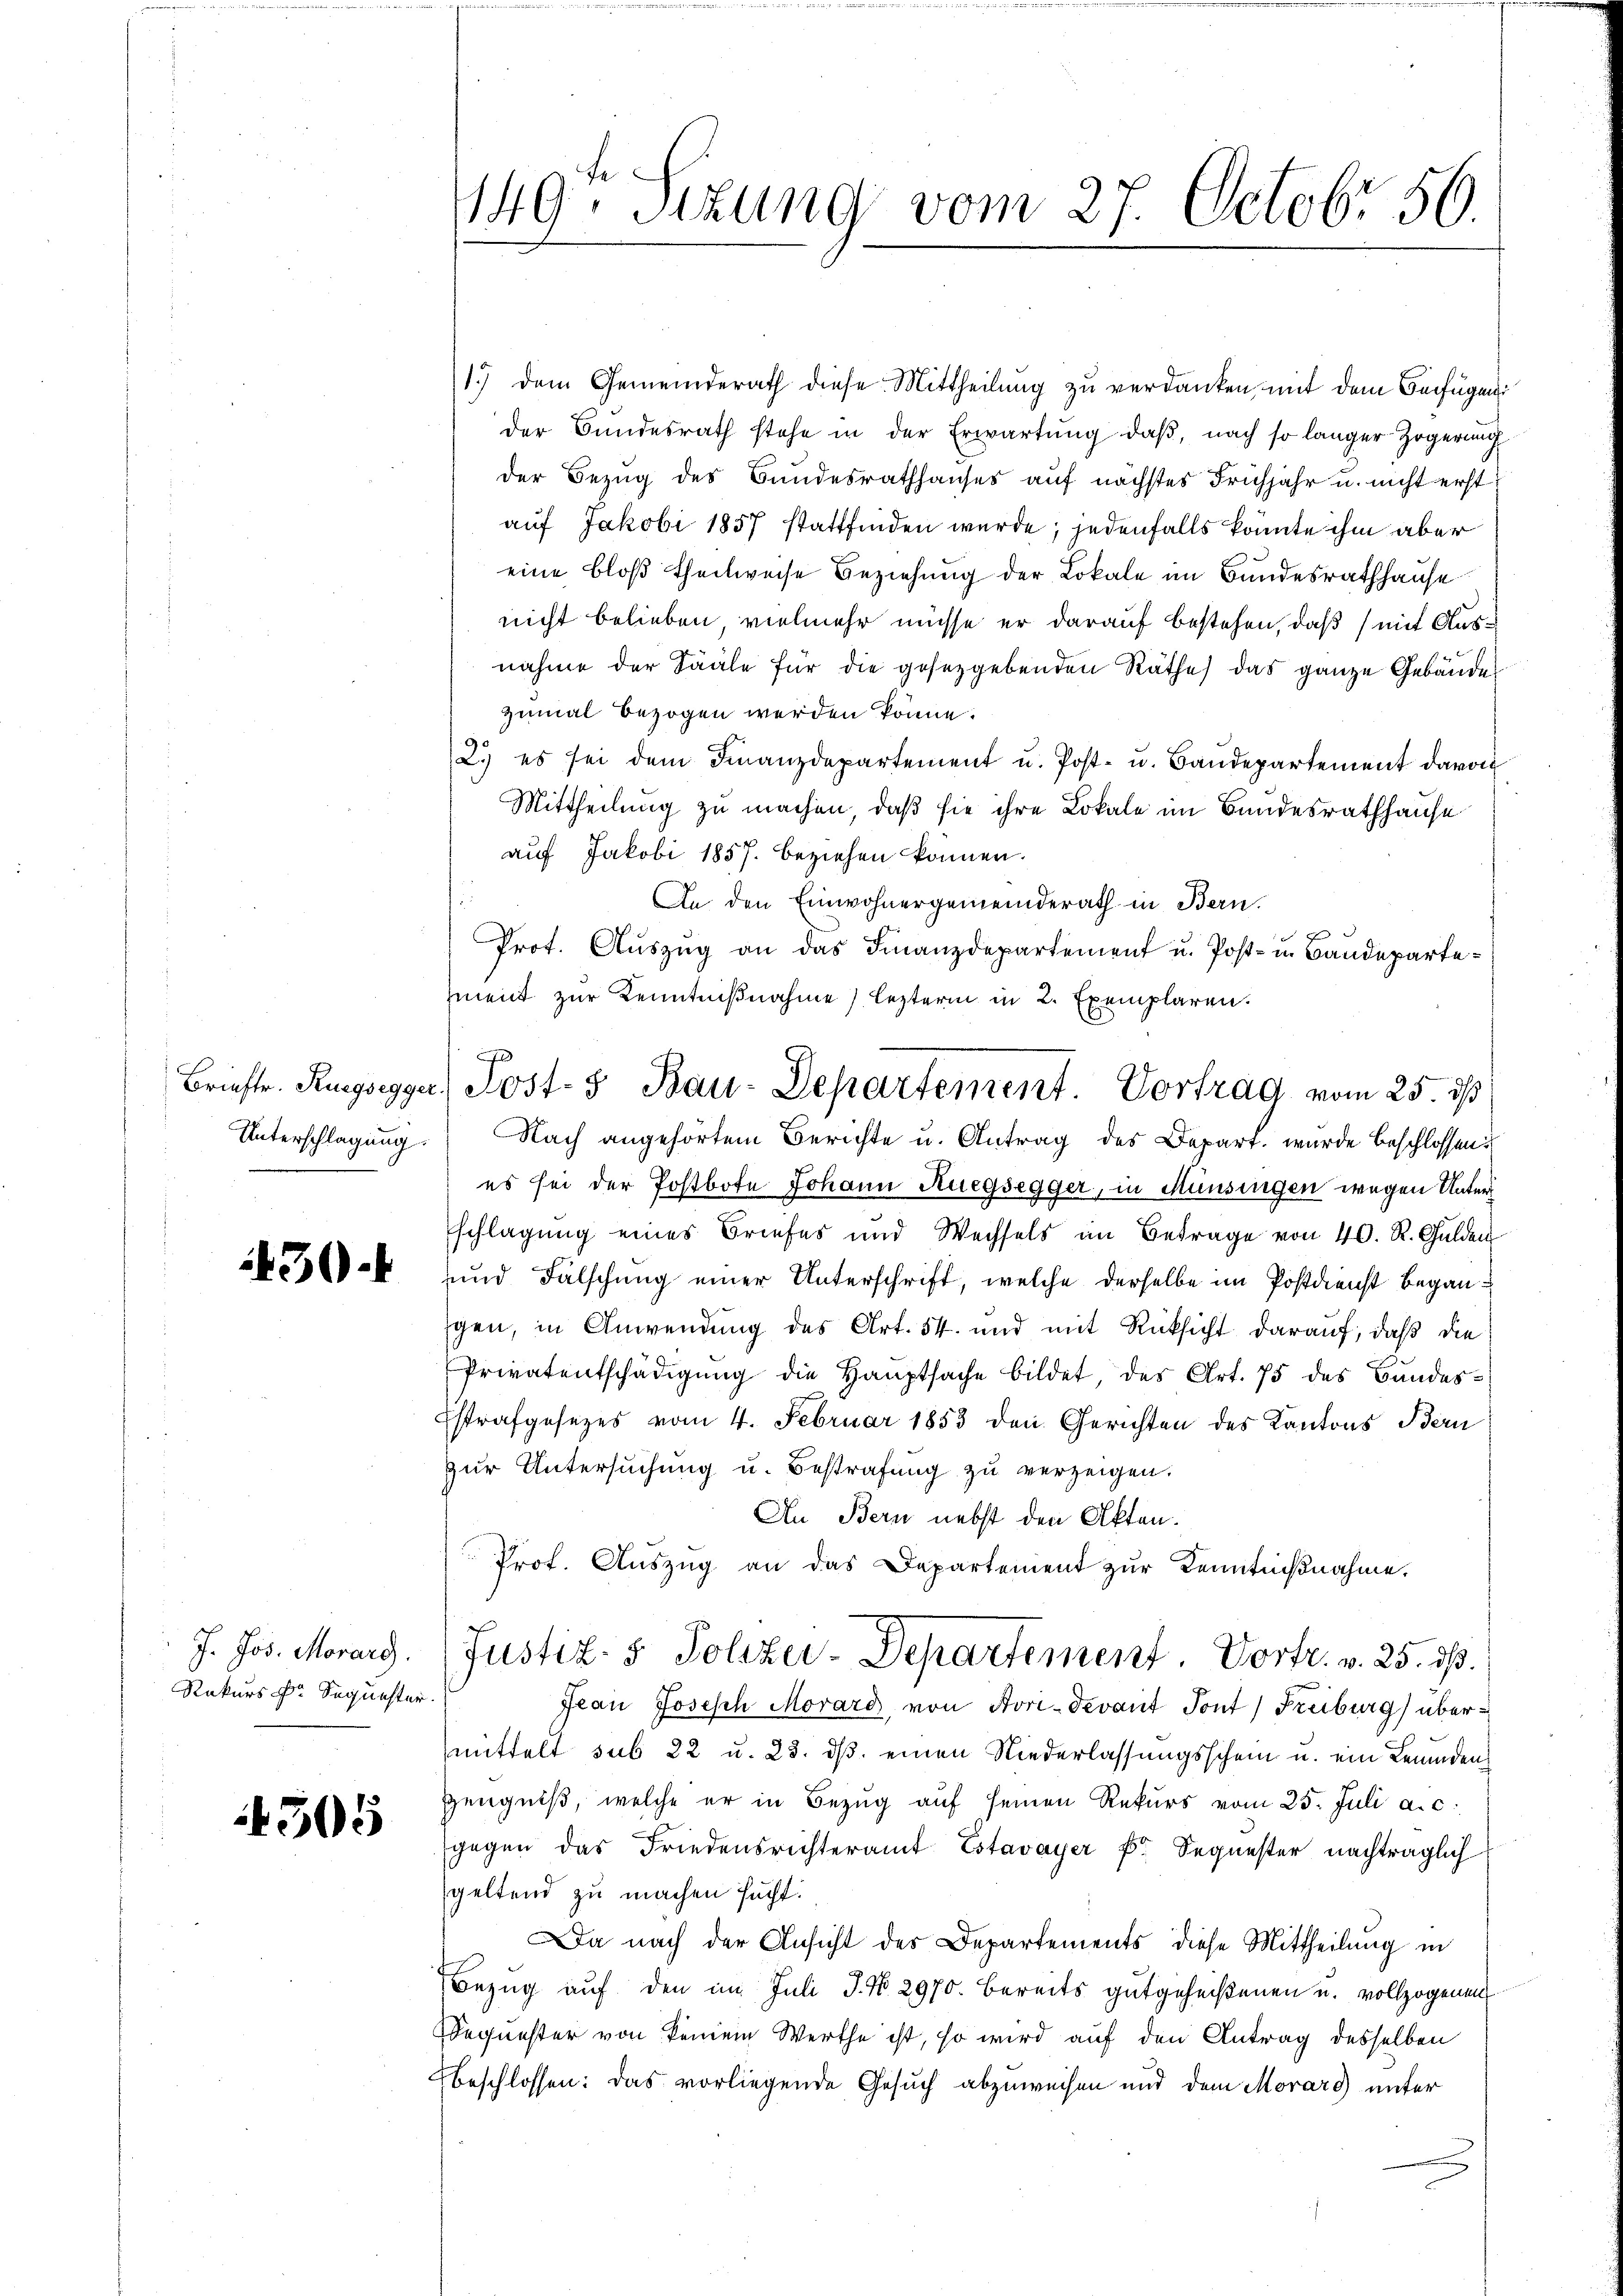
Unterschlagung.

430.

J. Jos. Morars.
Rekurs dr Sequester.

4505

1149. Sizung vom 27. Octobr 50.

1.) dem Gemeinderath diese Mittheilung zu verdanken, mit dem Beifügung
der Bundesrath stehe in der Erwartung, daß, nach so langer Zögerung
der Bezug des Bundesrathhauses auf nächstes Frühjahr u. nicht erst
auf Jakobi 1857 stattfinden wurde; jedenfalls könnte ihm aber
eine bloß theilweise Beziehung der Lokale im Bundesrathhause
nicht belieben, vielmehr müsse er darauf bestehen, daß mit Ausnahme der Sääle für die gesetzgebenden Räthe das ganze Gebäudes
zumal bezogen werden könne.
2.) es sei dem Finanzdepartement u. Post- u. Baŭdepartement davon
Mittheilung zu machen, daß sie ihre Lokale im Bundesrathhause
auf Jakobi 1857. beziehen können.
An den Einwohnergemeinderath in Bern.
Prot. Aŭszŭg an das Finanzdepartement u. Post- u. Baudepartement zur Kenntnißnahme lezterm in 2. Exemplaren.
Nach angehörtem Berichte u. Antrag des Depart, wurde beschlossen:
es sei der Postbote Johann Ruegsegger, in Münsingen wegen Unterschlagung eines Briefes und Wechsels im Betrage von 40. R. Gulden
und Fälschung einer Unterschrift, welche derselbe im Postdienst Begangen, in Anwendung des Art. 54. und mit Rücksicht darauf, daß die
Privatentschädigŭng die Hauptsache bildet, des Art. 75 des Bandes¬
Estrafgesetzes vom 4. Februar 1853 den Gerichten des Kantons Bern
zur Untersuchung u. Bestrafung zu verzeigen.
An Bern nebst den Akten.
Prof. Auszug an das Departement zur Kenntnißnahme.
Justiz- & Polizei-Departement. Vortr. v. 25. dß.
Frau Joseph Morard, von Aori-Devant Tont) Freiburg) übermittelt sub 22 u. 23. ds. einen Niederlassungsschein u. ein Leidens
Zeugniß, welche er in Bezug auf seinen Rekurs vom 25. Juli a. c.
gegen das Friedensrichteramt Estavayer Fr. Sequester nachträglich
geltend zu machen sucht.
a nach der Ansicht des Departements diese Mittheilung in
Bezŭg aŭf den im Juli J. No. 2970. bereits gutgeheißenen u. vollzogenen
equester von keinem Werthe ist, so wird auf den Antrag desselben
beschlossen: Das vorliegende Gesuch abzuweisen und dem Morars unter

Brieftr. Rugsegger Post- & Bau-Departement. Vortrag vom 25. ds